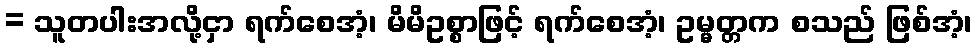
= သူတပါးအလို့ငှာ ရက်စေအံ့၊ မိမိဥစ္စာဖြင့် ရက်စေအံ့၊ ဥမ္မတ္တက စသည် ဖြစ်အံ့၊